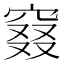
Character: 窡